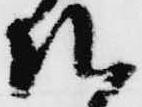
越